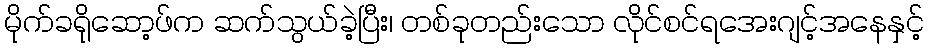
မိုက်ခရိုဆော့ဖ်က ဆက်သွယ်ခဲ့ပြီး၊ တစ်ခုတည်းသော လိုင်စင်ရအေးဂျင့်အနေနှင့်